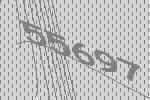
55697